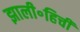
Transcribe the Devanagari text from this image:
झाली॰हिची